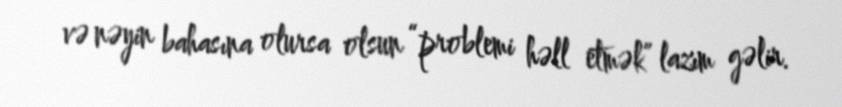
və nəyin bahasına olursa olsun “problemi həll etmək” lazım gəlir.